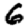
Digit: 6